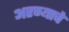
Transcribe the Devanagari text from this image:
अरण्याचे